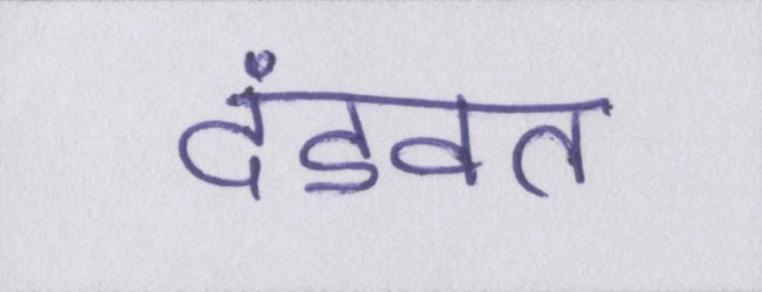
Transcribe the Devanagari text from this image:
दंडवत